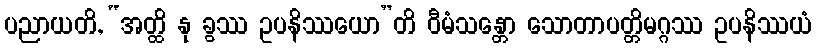
ပညာယတိ, “အတ္ထိ နု ခွဿ ဥပနိဿယော”တိ ဝီမံသန္တော သောတာပတ္တိမဂ္ဂဿ ဥပနိဿယံ